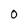
Character: O